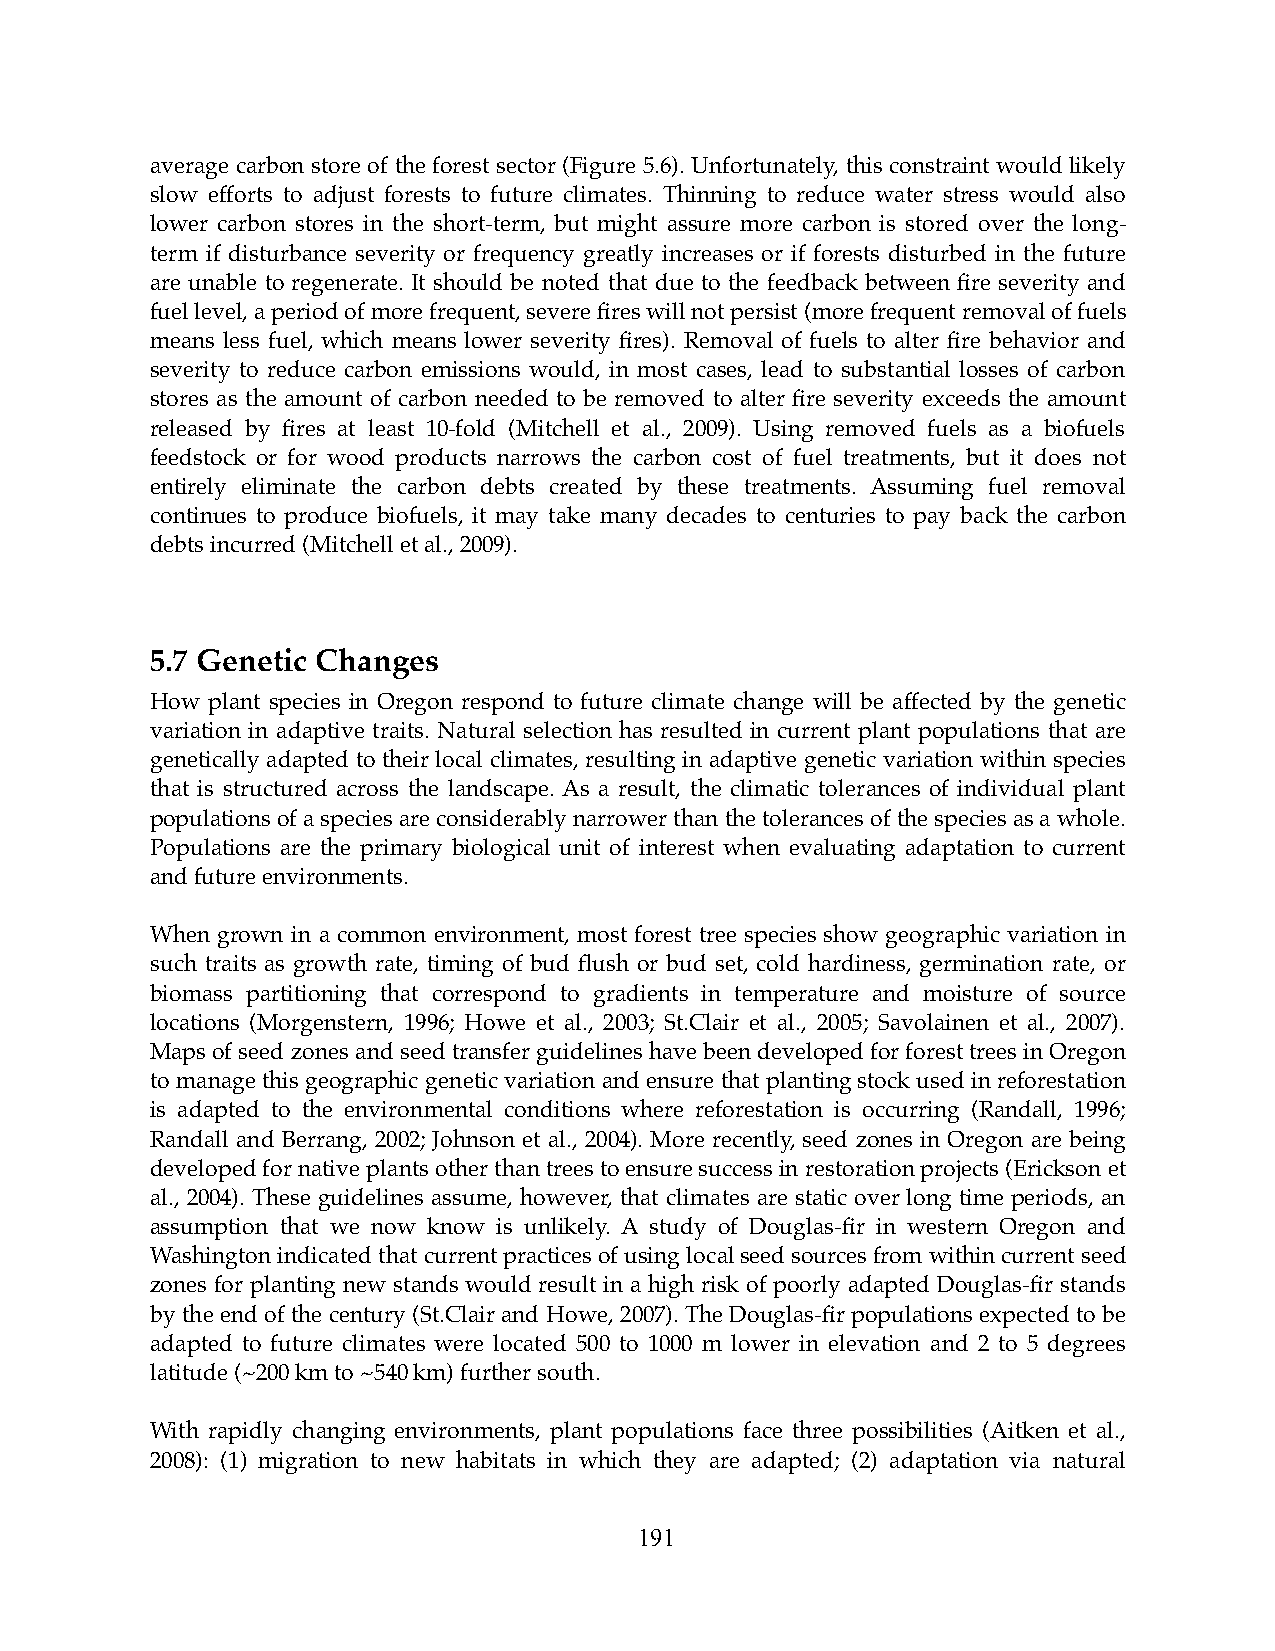
average carbon store of the forest sector (Figure 5.6). Unfortunately, this constraint would likely
 slow efforts to adjust forests to future climates. Thinning to reduce water stress would also
 lower carbon stores in the short-term, but might assure more carbon is stored over the long-
 term if disturbance severity or frequency greatly increases or if forests disturbed in the future
 are unable to regenerate. It should be noted that due to the feedback between fire severity and
 fuel level, a period of more frequent, severe fires will not persist (more frequent removal of fuels
 means less fuel, which means lower severity fires). Removal of fuels to alter fire behavior and
 severity to reduce carbon emissions would, in most cases, lead to substantial losses of carbon
 stores as the amount of carbon needed to be removed to alter fire severity exceeds the amount
 released by fires at least 10-fold (Mitchell et al., 2009). Using removed fuels as a biofuels
 feedstock or for wood products narrows the carbon cost of fuel treatments, but it does not
 entirely eliminate the carbon debts created by these treatments. Assuming fuel removal
 continues to produce biofuels, it may take many decades to centuries to pay back the carbon
 debts incurred (Mitchell et al., 2009).
 5.7 Genetic Changes
 How plant species in Oregon respond to future climate change will be affected by the genetic
 variation in adaptive traits. Natural selection has resulted in current plant populations that are
 genetically adapted to their local climates, resulting in adaptive genetic variation within species
 that is structured across the landscape. As a result, the climatic tolerances of individual plant
 populations of a species are considerably narrower than the tolerances of the species as a whole.
 Populations are the primary biological unit of interest when evaluating adaptation to current
 and future environments.
 When grown in a common environment, most forest tree species show geographic variation in
 such traits as growth rate, timing of bud flush or bud set, cold hardiness, germination rate, or
 biomass partitioning that correspond to gradients in temperature and moisture of source
 locations (Morgenstern, 1996; Howe et al., 2003; St.Clair et al., 2005; Savolainen et al., 2007).
 Maps of seed zones and seed transfer guidelines have been developed for forest trees in Oregon
 to manage this geographic genetic variation and ensure that planting stock used in reforestation
 is adapted to the environmental conditions where reforestation is occurring (Randall, 1996;
 Randall and Berrang, 2002; Johnson et al., 2004). More recently, seed zones in Oregon are being
 developed for native plants other than trees to ensure success in restoration projects (Erickson et
 al., 2004). These guidelines assume, however, that climates are static over long time periods, an
 assumption that we now know is unlikely. A study of Douglas-fir in western Oregon and
 Washington indicated that current practices of using local seed sources from within current seed
 zones for planting new stands would result in a high risk of poorly adapted Douglas-fir stands
 by the end of the century (St.Clair and Howe, 2007). The Douglas-fir populations expected to be
 adapted to future climates were located 500 to 1000 m lower in elevation and 2 to 5 degrees
 latitude (~200 km to ~540 km) further south.
 With rapidly changing environments, plant populations face three possibilities (Aitken et al.,
 2008): (1) migration to new habitats in which they are adapted; (2) adaptation via natural
 191